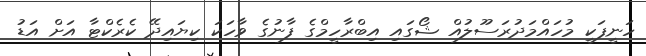
ހަނީފަކީ މުހައްމަދުރަސޫލުއް ޝޯގައި އިބްރާހީމްގެ ފާނުގެ ވާހަކަ ކިޔައިދޭ ކެރެކްޓާ އަށް އަޑު